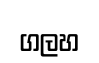
ගලහ